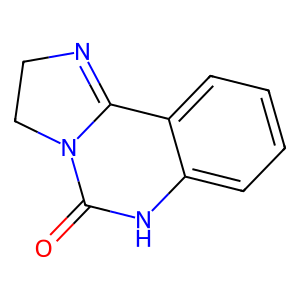
SMILES: O=C1Nc2ccccc2C2=NCCN12
Inhibits HIV replication: No